system: You are a helpful assistant.
user:
Analyze the provided spectrum to determine if it is a **M-type Giant (gM)**.

A M-type Giant spectrum is defined by its **strong molecular absorption** features, particularly from **Titanium Oxide (TiO)**. You must check for one of the following mutually exclusive signatures:

- **Key Visual Indicators (Absorption-Dominated Spectrum):**

    - **(Primary):** The spectrum is dominated by strong molecular absorption from **Titanium Oxide (TiO)**. This is the **defining feature** of its M-type temperature class.
        - **(Key Bandheads):** Look for sharp, "saw-tooth" absorption valleys. The strongest are located near **~7050 Å**, **~6160 Å**, and **~5170 Å**.
        - **(Line Profile):** The "saw-tooth" morphology is critical: a **sharp, steep drop on the BLUE (short-wavelength) side** of the bandhead, followed by a gradual recovery (rising flux) towards the RED (long-wavelength) side.

    - **(Key Confirmation - Giant vs. Dwarf):** **ABSENCE** of strong **Calcium Hydride (CaH)** molecular bands. This is the primary diagnostic for *excluding* M-dwarfs.
        - **(Key Region):** The spectrum should lack the strong, broad absorption band seen in dwarfs between **~6800 Å and ~7000 Å**.

    - **(Secondary Confirmation - Giant):** A very strong and broad **Neutral Calcium (Ca I)** atomic absorption line.
        - **(Key Line):** Located at **~4226 Å**. In a giant (gM), this line is significantly deeper and broader than the same line in an M-dwarf (dM) due to low surface gravity.

    - **(Overall Spectrum):**
        - The continuum is **extremely red-sloping** (i.e., flux is very low in the blue and rises dramatically towards the red).
        - The entire spectrum appears "chopped up" by the deep TiO bands.

Think first, call **spectral_visualization_tool** if needed to examine features in detail, then provide your final answer. Your response must adhere to the following strict rules:
1.  **Overall Structure:** Your response must follow the format `<think>...</think> <tool_call>...</tool_call> (if a tool is used) <answer>...</answer>`.
2.  **Tool Usage Constraint:** You may only make **one** tool call per turn.
3.  **Final Answer Format:** In the `<answer>` tag, your conclusion must be inside a `\boxed{}` command (e.g., `\boxed{YES}` or `\boxed{NO}`), followed by your justification.

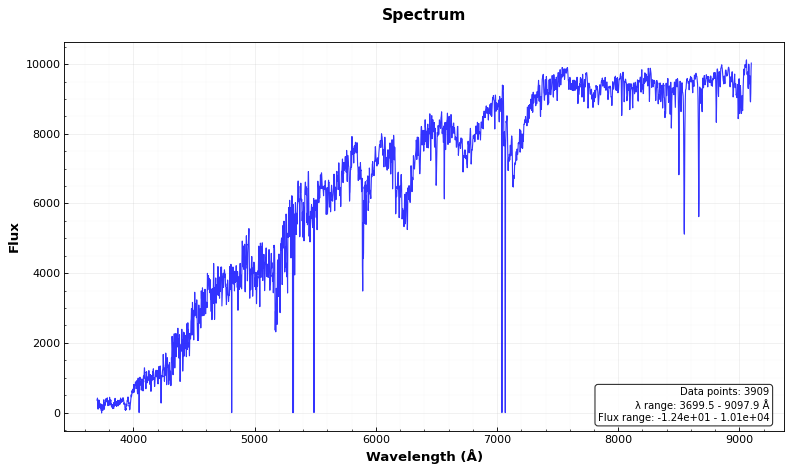
Answer: YES